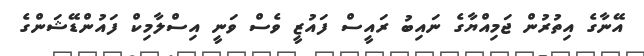
އޭނާގެ އިތުރުން ޖަމިއްޔާގެ ނައިބު ރައީސް ފައުޒީ ވެސް ވަނީ އިސްލާމިކް ފައުންޑޭޝަންގެ